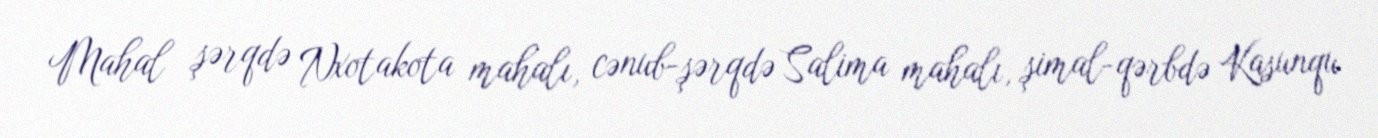
Mahal şərqdə Nxotakota mahalı, cənub-şərqdə Salima mahalı, şimal-qərbdə Kasunqu